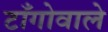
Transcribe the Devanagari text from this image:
टाँगोवाले